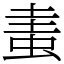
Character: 䖯